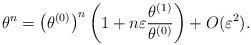
LaTeX: \begin{align*} \theta^n=\left( \theta^{(0)}\right)^n \left(1+n\varepsilon \frac{\theta^{(1)}}{\theta^{(0)}} \right) + O(\varepsilon^2).\end{align*}